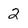
Character: 2